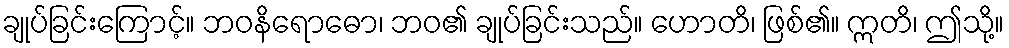
ချုပ်ခြင်းကြောင့်။ ဘဝနိရောဓော၊ ဘဝ၏ ချုပ်ခြင်းသည်။ ဟောတိ၊ ဖြစ်၏။ ဣတိ၊ ဤသို့။